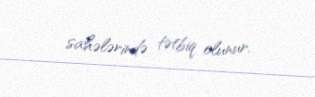
sahələrində tətbiq olunur.